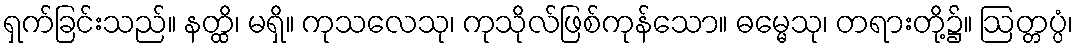
ရှက်ခြင်းသည်။ နတ္ထိ၊ မရှိ။ ကုသလေသု၊ ကုသိုလ်ဖြစ်ကုန်သော။ ဓမ္မေသု၊ တရားတို့၌။ ဩတ္တပ္ပံ၊